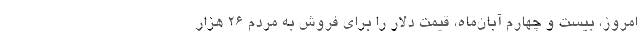
امروز، بیست و چهارم آبان‌ماه، قیمت دلار را برای فروش به مردم 26 هزار